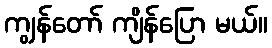
ကျွန်တော် ကျိန်ပြော မယ်။